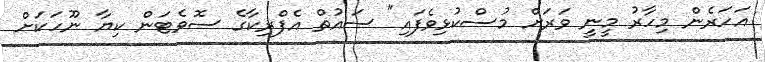
އަހަރެން މިހާރު މީނީ ވަރަށް މުސްކުޅިވެފައި" ސައުތް އެފްރިކާގެ ސޮވެޓަން ކިޔާ ނޫހަކަށް